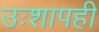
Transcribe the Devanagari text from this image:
उःशापही